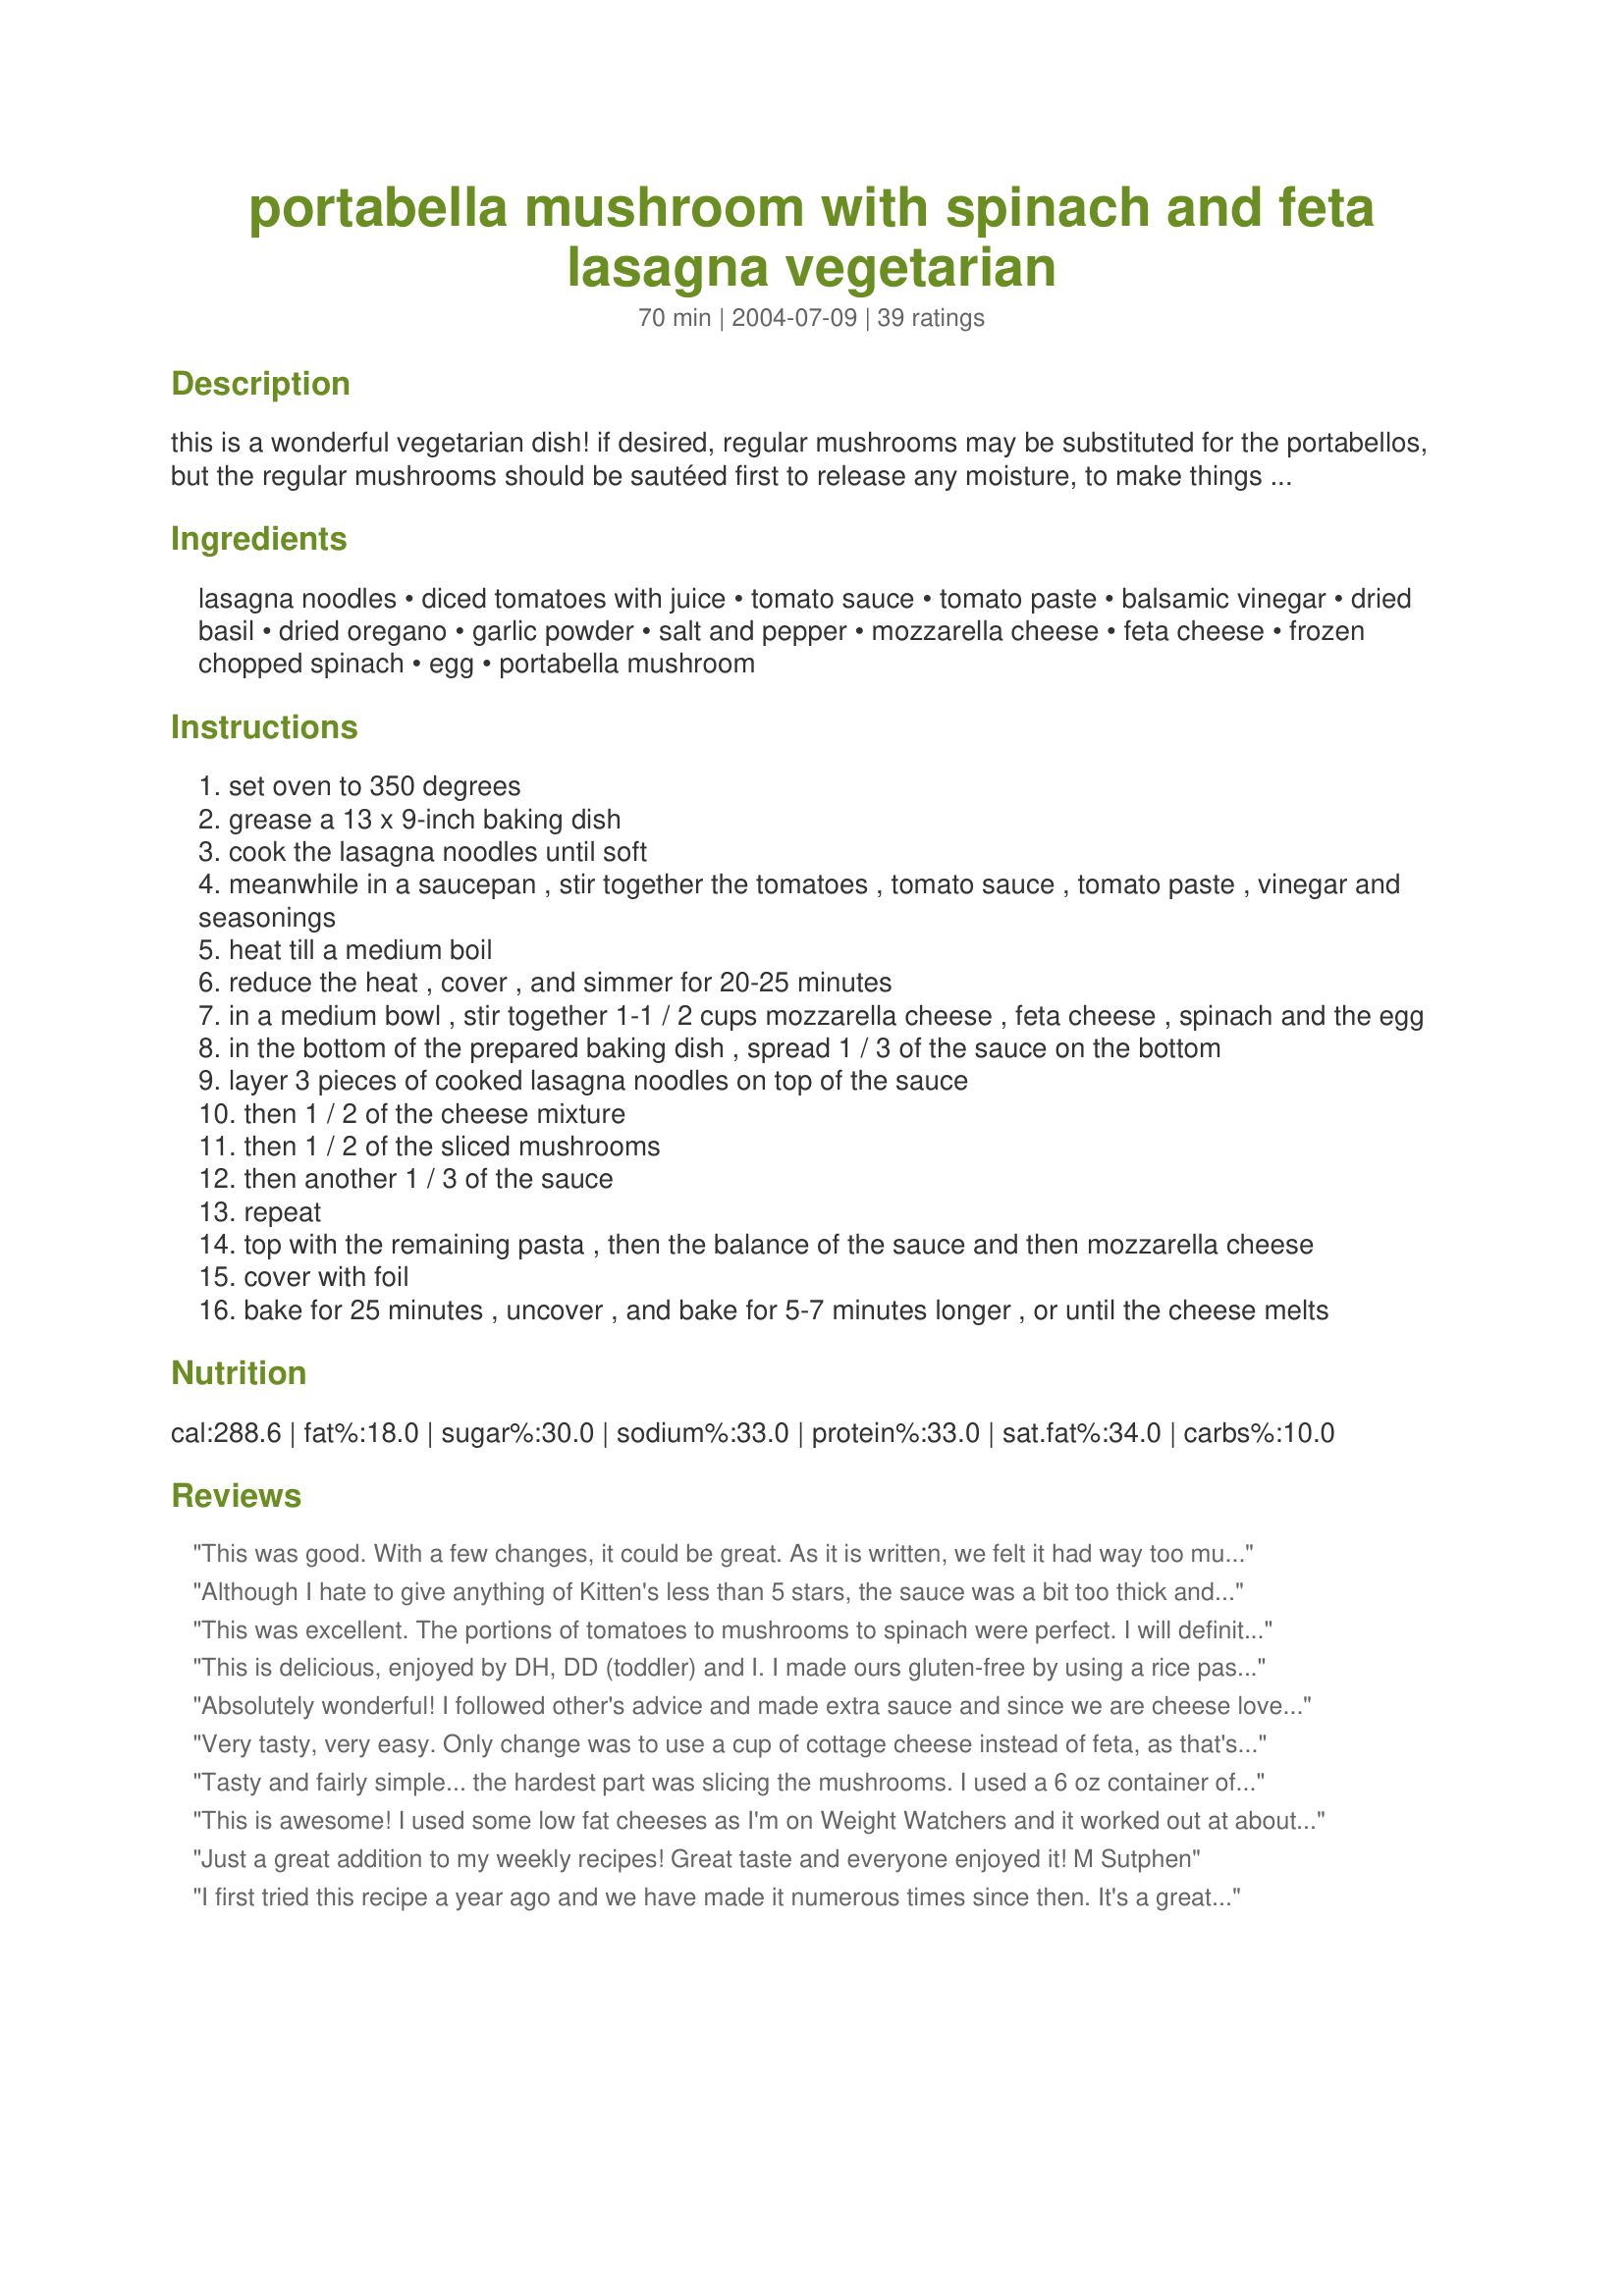
portabella mushroom with spinach and feta lasagna vegetarian
Preparation time: 70 minutes

this is a wonderful vegetarian dish! if desired, regular mushrooms may be substituted for the portabellos, but the regular mushrooms should be sautéed first to release any moisture, to make things easier, you may classico pasta sauce for this recipe or just use your own favorite sauce --- prep time includes boiling the pasta.

Ingredients:
lasagna noodles, diced tomatoes with juice, tomato sauce, tomato paste, balsamic vinegar, dried basil, dried oregano, garlic powder, salt and pepper, mozzarella cheese, feta cheese, frozen chopped spinach, egg, portabella mushroom

Steps:
set oven to 350 degrees
grease a 13 x 9-inch baking dish
cook the lasagna noodles until soft
meanwhile in a saucepan , stir together the tomatoes , tomato sauce , tomato paste , vinegar and seasonings
heat till a medium boil
reduce the heat , cover , and simmer for 20-25 minutes
in a medium bowl , stir together 1-1 / 2 cups mozzarella cheese , feta cheese , spinach and the egg
in the bottom of the prepared baking dish , spread 1 / 3 of the sauce on the bottom
layer 3 pieces of cooked lasagna noodles on top of the sauce
then 1 / 2 of the cheese mixture
then 1 / 2 of the sliced mushrooms
then another 1 / 3 of the sauce
repeat
top with the remaining pasta , then the balance of the sauce and then mozzarella cheese
cover with foil
bake for 25 minutes , uncover , and bake for 5-7 minutes longer , or until the cheese melts

Reviews:
This was good. With a few changes, it could be great. As it is written, we felt it had way too much tomato paste (which lent a tinny, canned flavor to the dish). I would recommend cutting the tomato paste in half. I also think it needs some ricotta cheese, which could actually help cut the overwhelming tomato flavor of this dish. Overall, I think the cheese component needs to be beefed-up a bit. We used six large portabella mushroom caps (14 oz). This was a perfect amount.
Although I hate to give anything of Kitten's less than 5 stars, the sauce was a bit too thick and heavy for our tastes. It kind of overpowered the rest of the flavours. I used fresh button mushrooms sauteed with a little spring onion and fresh spinach, 2x400g tins of tomatoes and the suggested amount of paste. I would make this again but with my own tomato sauce preferably made with fresh roma tomatoes.
This was excellent. The portions of tomatoes to mushrooms to spinach were perfect. I will definitely make this again for my vegetarian friends, although even the non-vegetarians loved it. I might add ricotta next time??
This is delicious, enjoyed by DH, DD (toddler) and I. I made ours gluten-free by using a rice pasta. I used a dash or real cider vinegar as I don't use balsamic vinegar for religious reasons. I used regular mushrooms and did like the intro says to sauté first. I used garlic salt in replacement of garlic powder as that is what I had. I was using what was available so I used haloomi cheese instead of mozzarella which was fine but not as soft of course. I decided to use baby spinach, steam then chop and squeeze out the moisture. Followed the rest and would make this again, I don't see why not!
Absolutely wonderful! I followed other's advice and made extra sauce and since we are cheese lovers, I added a carton of Ricotta cheese to the cheese mixture - it was a big hit with the whole family. I highly recommend you try this one!
Very tasty, very easy. Only change was to use a cup of cottage cheese instead of feta, as that's the way I was brought up making lasagna. :)
Tasty and fairly simple... the hardest part was slicing the mushrooms. I used a 6 oz container of feta and it worked well... it would certainly work with even more. Next time I think I'll cut the mushrooms into smaller pieces so it's easier to eat. Used 1/2 tsp of salt and 1/4 tsp of pepper... might increase salt to 3/4 tsp next time.
This is awesome! I used some low fat cheeses as I'm on Weight Watchers and it worked out at about 8 points (in the UK) for a large serving. Definitely worth it!
Just a great addition to my weekly recipes! Great taste and everyone enjoyed it! M Sutphen
I first tried this recipe a year ago and we have made it numerous times since then. It's a great vegetarian dish. We use wheat lasagna noodles and add extra spinach. Because we like a hint of spice in everything, we also add crushed red pepper to the sauce. We also buy the sliced baby bellas so it makes it a lot easier when preparing.
Wow! Who knew that vegetarian could taste so good! I could live on this stuff! I just used jarred pasta/spaghetti sauce and it turned out great!
I tried it and it was excellent. I used white button mushrooms from Trader Joe's. I also used Trader Joe's spaghetti sauce and also their no boil lasagna noodles. I made no other changes and it came out fantastic. It also keeps very well as I made it on Wednesday and served it to guests on Sunday and everyone loved it. Thanks for posting!
Loved it! After looking at some of the other reviews, I made my own sauce. I sauted some onion and garlic in olive oil til tender, then added 28 ozs of diced tomatoes and 8 ozs tomato sauce. To that, I added a jar of spaghetti sauce ( I like Barilla Tomato and Basil), 1/3 cup chopped Kalamata olives, 1/4 c red wine, black pepper and 1/2 tsp red chile pepper)we like the heat) and simmered for about 1 1/2 hours. I always add the Kalamatas to my sauce for added zing and they went great with the feta cheese. I used about 2 1/2 cups of Mozzerella and I think next time I would add a little more feta for added flavor. I used baby portabellos that were already sliced. and baked it for about 35 minutes. Delicious! A definite keeper!
Really, really good! I made the sauce and I loved the tang the balsamic gave it. A very hearty vegetarian meal!
We really enjoyed this! It had a luxurious taste for a vegetarian lasagna and wasn't filled with a mix of vegetables that ruin the taste. I usually use ricotta but we felt that the lack of it may have made this come together in a creamier way.<br/>Will make again and again.
I liked the feta mixture quite a bit, I just felt the proportions of everything were off. I had to add cheese, doctor the sauce, and cook for an extra 20 minutes.
Excellent! I do make a few modifications, basically because we like lots of cheese. I use a full 8 ounces of feta and 3 cups of shredded mozzarella in the lasagna itself (about 12 ounces). I up it to two eggs so it will bind well. I don't increase the amount of spinach. I put an extra 1 cup of mozzarella on the top, but not until it is done baking for about 45 minutes. I'm not sure why I need to bake it longer than the recipe states. After it is fully heated through and the mushrooms are cooked, I remove the cover and sprinkle the 1 cup (4 ounces) of mozzarella on top. Then I bake about 10 minutes longer until the mozzarella is melted. This has become a go-to recipe and is made every 2 or 3 weeks.<br/><br/>I have discovered that substituting a 24 ounce jar of Prego chunky vegetable, mixed with 1 Tablespoon of balsamic vinegar works as well for us as making the sauce from scratch -- and is much quicker. <br/><br/>I have also used white button mushrooms instead of portabella but it is essential to cook them first. <br/><br/>If time permits, I also cook the portabellas first. I just like it a little bit better this way, but it is not essential.<br/><br/>Thank you for the yummy, and easy, lasagna recipe
KittenCal, you must have a bottomless supply of great recipes! This is another keeper (also note that this is a meatless recipe). I was a little bit concerned that the Feta cheese would be overpowering, but instead it added a nice robustness missing with ricotta. The portabello mushrooms added a welcome "meaty" texture. Several years ago I stopped pre-boiling my noodles (I skipped step 3), so to compensate for startine with dry lasagna noodles, I made some minor adjustments: 1. I used a 15 oz can of tomato sauce and added an extra 1/2 cup of water to the sauce. 2. I drained the spinach but did not squeeze it dry. 3. I baked it for 60 minutes before removing the foil. It came out perfect! Thanks for sharing!
This was a good veggie lasagna recipe! I followed everything exactly. The only thing I will change next time is to cut the mushrooms into much smaller and thinner pieces. Also, I did not think the sauce was worth the extra effort. Next time I will use canned sauce. 
Thank you for the recipe!
Awesome! The first time, I made this following the recipe to the letter. I liked it, but admittedly it was a little dry. Next time, to save time, I used a jar of Ragu instead of the sauce in the recipe, cut back the spinach to 6 oz., and added an extra cup of cheese, and it came out even better!
We really enjoyed this recipe, and the portabellos give 100% meaty satisfaction to this lasagne. For dietary reasons I used fat free cheeses and egg substitute without a problem. The sauce could benefit from a little wine, broth or water to thin it a bit and stretch it, as I too found myself a little short on the sauce. Great recipe Kitten, thank you for sharing.
This is a wonderful dish. My DH says this is the best lasagna he has ever had, and he has eaten a lot of it, it being on of his favorite dishes. Thanks again Kittencal for a FANTASTIC dish :) We will be eating this often.
Excellent! As always, Kittencal never disappoints! The only note I would add is that I realized the sauce needs to be divided into 4ths, not 3rds...bottom, two layers &amp; top.
This was just gorgeous. We found out last minute at our little restaurant that we were having 20 vegetarians coming at the last minute. This got rave reviews from every single person that had it.
I can't give this anything less than 5 stars as I made it on Thurs night and my husband has been happily eating the leftovers every meal since! Loved the combo of cheese, feta and portabella mushrooms - really excellent. We also used store-bought sauce - a garlic sauce from Trader Joe's. VERY yummy, thanks!
Absolutely perfect blend of flavors! This is my new favorite lasagna, the sauce is definitely worth the extra effort and is what makes this dish truly special. I have also added 1/4 tsp crushed red pepper to the sauce when I am in the mood for a little heat, but it is excellent without it too. Whole wheat lasagna noodles worked very well with this. Thanks for posting!
I'm loving this recipe! I had a vegetarian friend coming for dinner when I came across this recipe... just what I was looking for. My friend just raved about it, he said it was far better than any restaurant vegetarian meal he had ever had. I'll definately be making this again, thanks Kittencal
This recipe is fantastic! It was incredibly easy to make, and not one of my 7 guests thought it was anything but perfect. I was a little short on the sauce, but other than that, it was amazing in every possible way. I highly recommend this to anyone.
I so enjoyed this! I fixed my daughter and son in law this for dinner, so fixed myself a vegetarian one. I halved the recipe. Thanks!
Bloody brilliant! I prepared this as directed. I used the no cook lasagna noodles,and was a little confused about the difference between tomato paste and tomato sauce. In Australia, tomato sauce is like ketchup so I didn't add that. I used 2 400 g cans diced tomatoes and as much tomato paste as called for. The mushrooms in this made it so meaty. The feta was so different and it was a lovely touch. Next time I would prefer to use fresh spinach, and would have done this time if it looked okay at the greengrocers. Thanks Kittencal for a fantastic recipe that I will make over and over.
Wow! This was amazing! I thought the lack of ricotta or cottage cheese whould be strange in a lasagna, but no one even noticed it was missing! For the sauce, I used a 15oz can of sauce instead of the 8oz can, and it turned out great. I agree with some of the other reviews that the mushrooms are a great addition, and should not be skipped. I used two portabella mushrooms, which was a good amount. Yum!
This lasanga is just wonderful and actually very hearty! All of the other lasangas I've made come out really watery but this was perfect! I did use 2 cups Prego 3 cheese sauce instead of making it fresh b/c I was in a hurry. Great job!
100% delicious! My partner made this due to the fact that he loves vegetarian lasagne and it was totally amazing! We are both omnivores and eat anything, however I was slightly concerned I would notice the lack of meat in this, but when I tasted it I loved the flavour! The portabella mushrooms add a really nice "meatiness" to the dish. I love the fact that we didn't have to bother making a cheese sauce and my partner described the use of egg to bind the ingredients as "genius". We loved it so much that we have no plans to make any other type of lasagne for a long time - we can't get enough of this one! We have added it to our shopping list for this week. It is also a very cheap/health-conscious meal to make as the cheese goes a long way and you can substitute the cheeses for low fat versions which is what we have done. Cannot praise this enough!
Wow, I really liked this more than I thought I would. It's the sauce that really made the dish for me, although I used canned tomato sauce instead of diced tomatoes. The addition of balsamic vinegar made the sauce tasty and tangy. I also added some brown sugar to the sauce, as I usually do when I make tomato sauce. I did seem to run out of sauce by the time I got to the top lasagna layer, so I'd urge people to double the sauce amount. Even if you have leftover sauce, you'll love eating it with bread or something.
Wonderful! This doesn't taste like anything vegetarian that I would expect - it tastes great! As another layer to my lasagna I add provencal roasted olives (seasoned of course) and the combination beats any real-meat lasagna I've had in a restaurant.
I made this yesterday for a dinner party I catered. The vegetarians in the group were really impressed. Thank you for an excellent recipe. I'll have repeat customers thanks to this delicious recipe. MaryL
This is so good! I skipped the directions for the tomato sauce and just used store-bought spaghetti sauce (I'm lazy). I have never liked lasagna before (I don't like crunchy things like onions). I will be making this dish regularly! Thank you!
This was very very good! I used 4 large mushroom caps which was perfect. Made the sauce exactly as written and liked it very much. I hold off on the 5th star because I didn't have enough sauce. I topped with 1/2 another can of diced tomatoes. I also used closer to 1 3/4 cup feta and 3 cups mozzarella. The cheese still wasn't truly noticeable. Everything melded so well! Spinach hating Fiance scarfed it down like crazy, as did I. This is a keeper with a couple small modifications! Try it!
Very very good. My usually carniverous husband actually said this was a keeper! Best to use portabellos - don't substitute.
